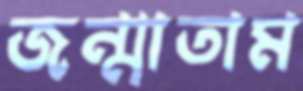
জন্মাতাম